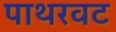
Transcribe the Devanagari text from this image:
पाथरवट